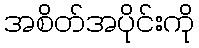
အစိတ်အပိုင်းကို